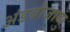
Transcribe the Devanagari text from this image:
अंडबीजाणु